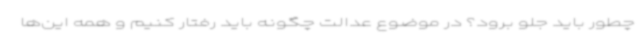
چطور باید جلو برود؟ در موضوع عدالت چگونه باید رفتار کنیم و همه این‌ها